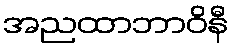
အညထာဘာဝိနီ